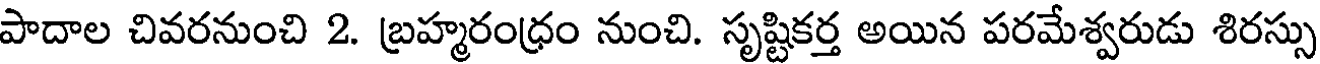
పాదాల చివరనుంచి 2. బ్రహ్మరంధ్రం నుంచి. సృష్టికర్త అయిన పరమేశ్వరుడు శిరస్సు